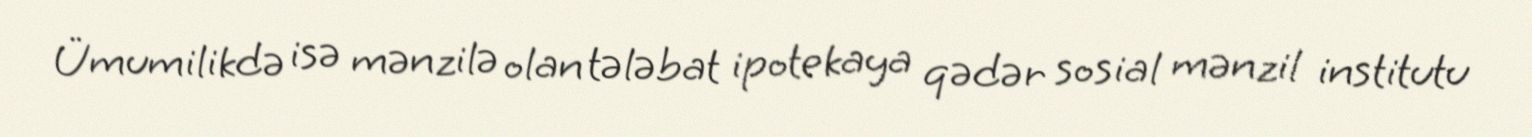
Ümumilikdə isə mənzilə olan tələbat ipotekaya qədər sosial mənzil institutu